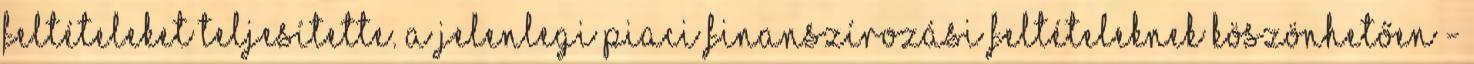
feltételeket teljesítette. A jelenlegi piaci finanszírozási feltételeknek köszönhetően -